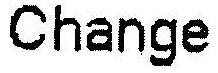
CHANGE